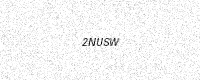
Text: 2NUSW